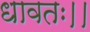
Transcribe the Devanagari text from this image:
धावतः।।